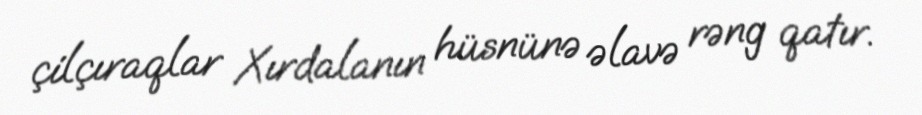
çilçıraqlar Xırdalanın hüsnünə əlavə rəng qatır.